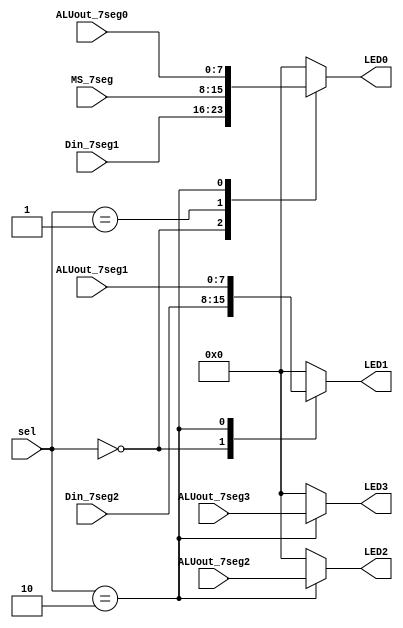
module LED_MUX2(Din_7seg1, Din_7seg2, ALUout_7seg0, ALUout_7seg1, ALUout_7seg2, ALUout_7seg3, MS_7seg, 
    LED0, LED1, LED2, LED3,
    sel

    );
    input[7:0] Din_7seg1, Din_7seg2, ALUout_7seg0, ALUout_7seg1, ALUout_7seg2, ALUout_7seg3, MS_7seg;
    input[1:0] sel;
    output reg [7:0] LED0, LED1, LED2, LED3;     //4 LEDs
    
    always@(*)
    begin
        case(sel)
            2'b00: begin
                LED0 <= Din_7seg1;          //display Din
                LED1 <= Din_7seg2;
                LED2 <= 8'b00000000;
                LED3 <= 8'b00000000;
                end
            2'b01: begin
                LED0 <= MS_7seg;            //display MS
                LED1 <= 8'b00000000;
                LED2 <= 8'b00000000;
                LED3 <= 8'b00000000;
                end
            2'b10: begin
                LED0 <= ALUout_7seg0;       //display result
                LED1 <= ALUout_7seg1;
                LED2 <= ALUout_7seg2;
                LED3 <= ALUout_7seg3;
                end
            default: begin
                LED0 <= 8'b00000000;
                LED1 <= 8'b00000000;
                LED2 <= 8'b00000000;
                LED3 <= 8'b00000000;
                end
            endcase
        end
    
    
    
endmodule